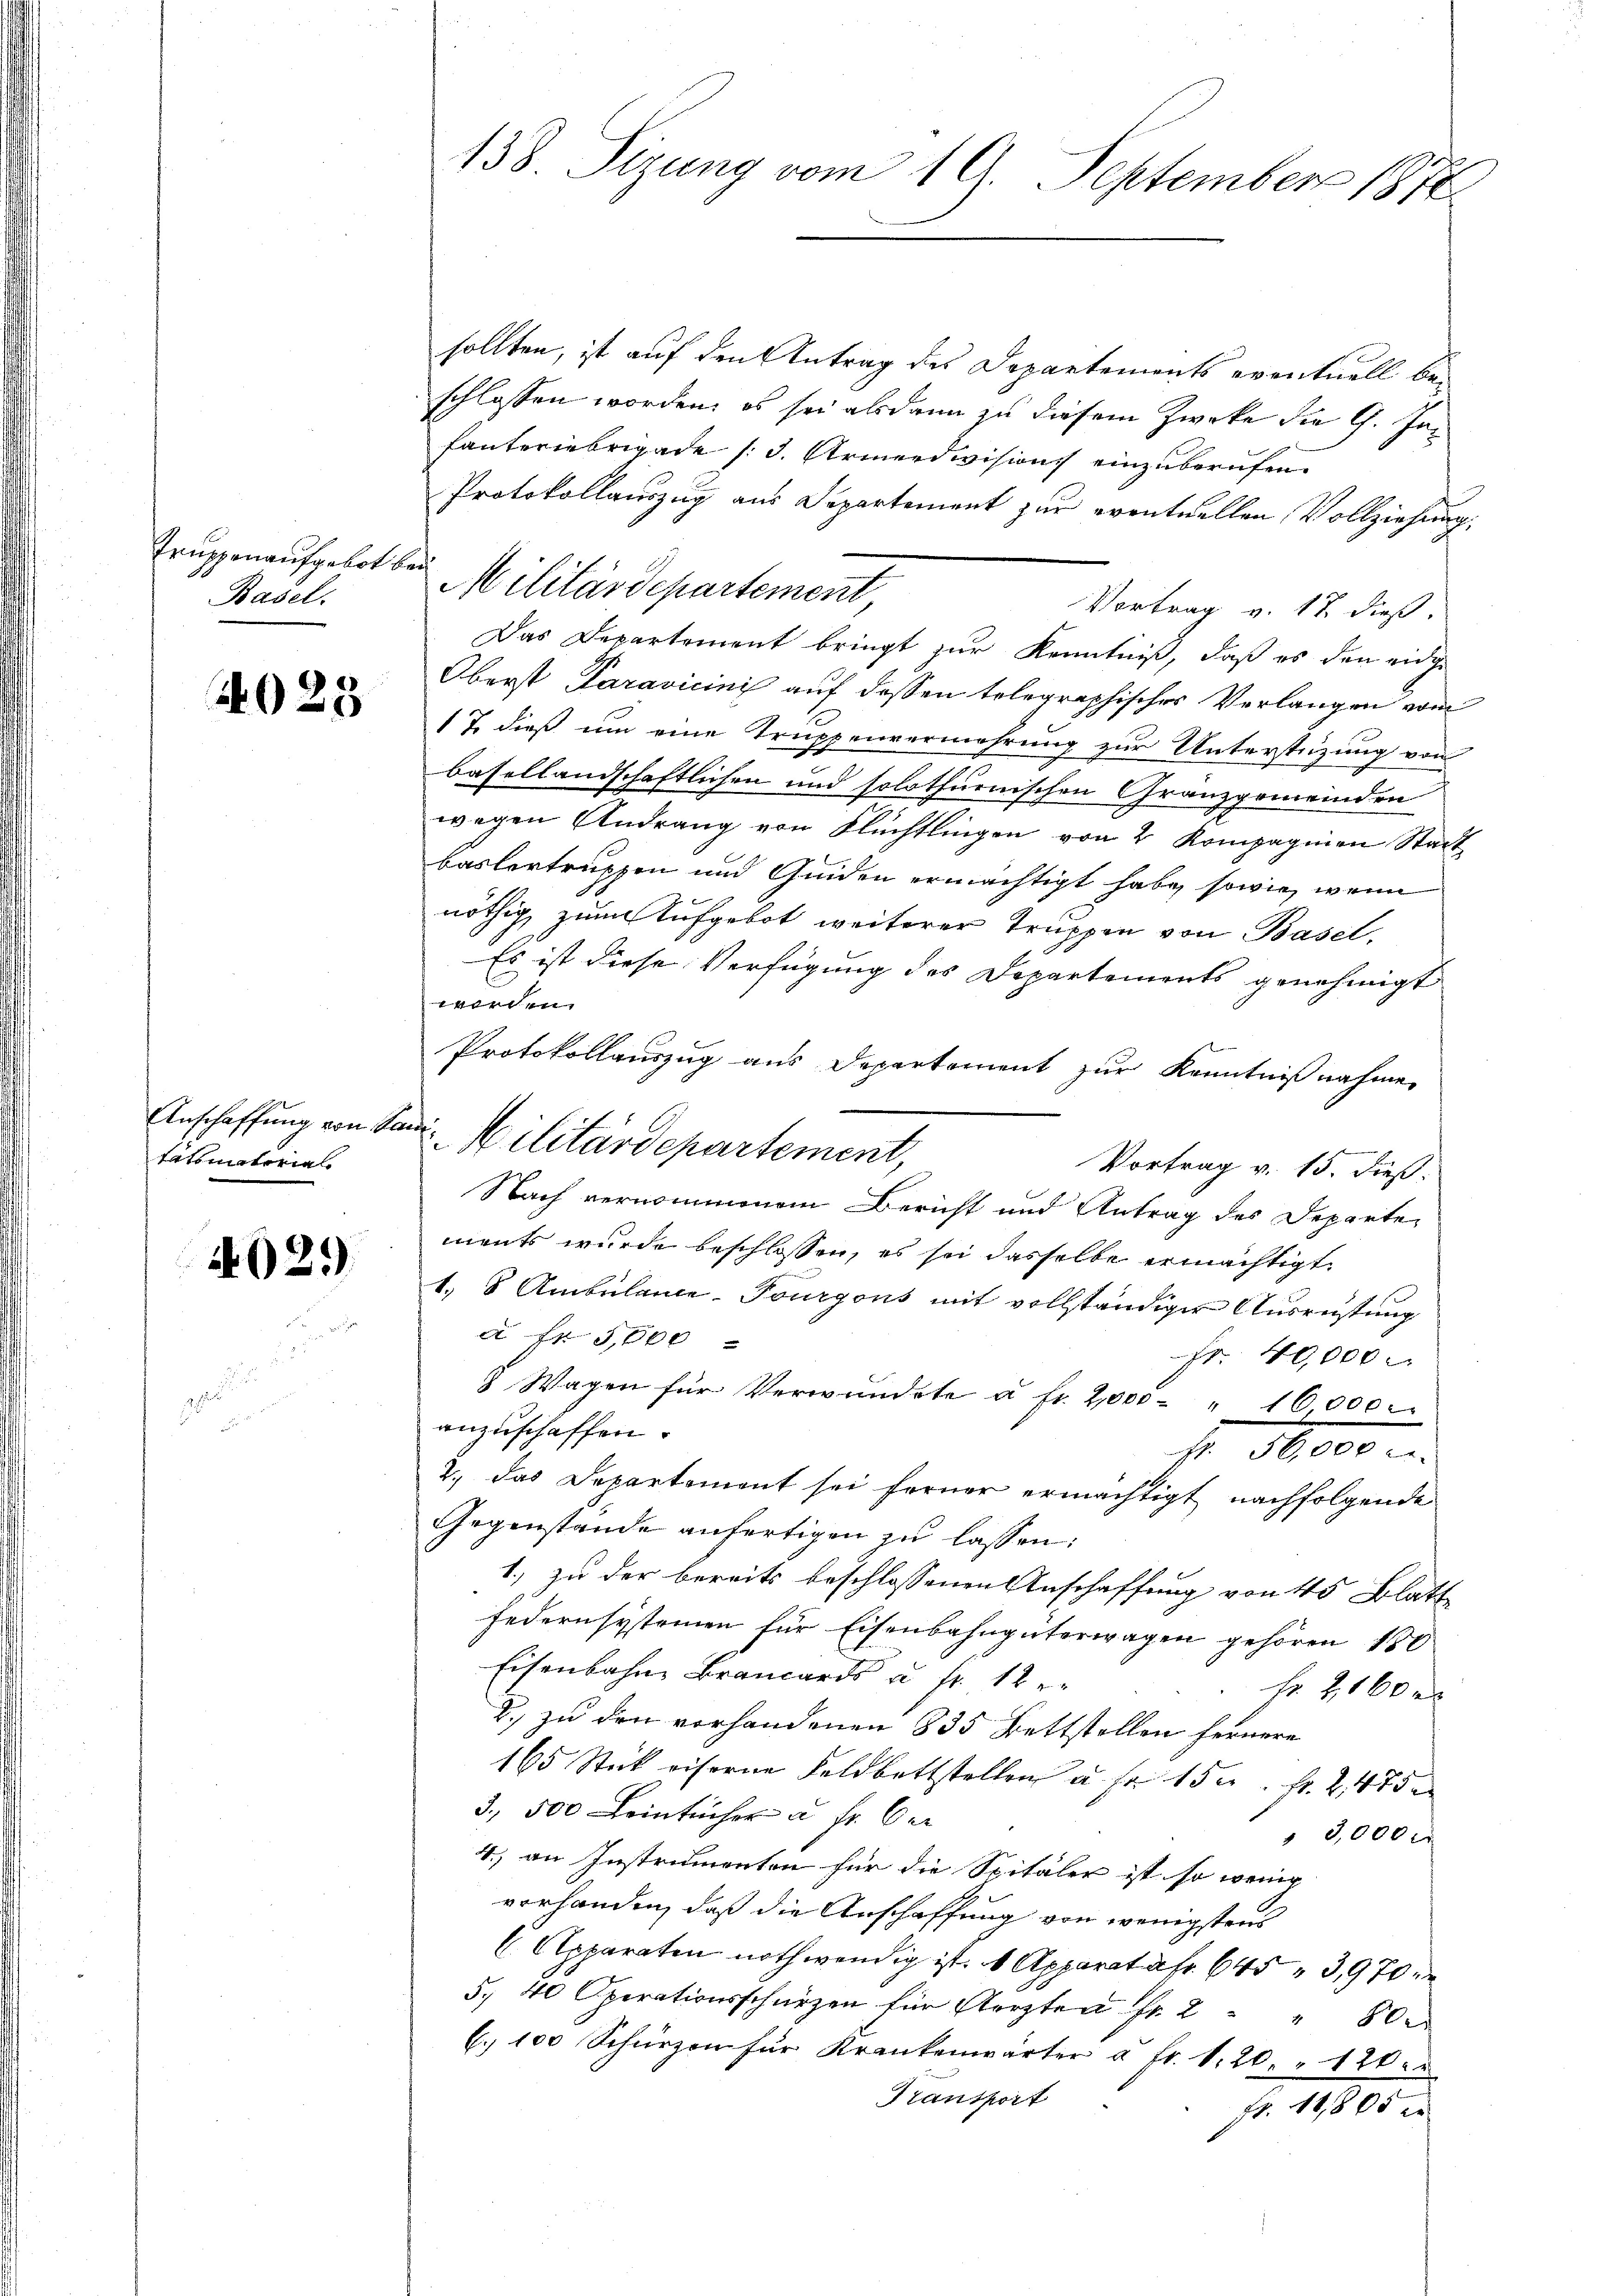
Truppenaufgebot bei
Basel.

4028

tatsmatorials

4021)

sollten, ist auf den Antrag des Departements eventuell beschlossen worden, es sei alsdann zu diesem Zwecke die 9. Jafanteriebrigade (3. Armendivisions einzuberufen.
Protokollauszug aus Departement zur eventuellen Vollziehung,
Vortrag v. 17 dieß.
Das Departement bringt zur Kenntniß, daß es den eidge
Oberst Paravicini auf dessen telegraphisches Verlangen vom
17. dieß um eine Truppenvermehrung zur Unterstüzung von
basellandschaftlichen und solothurnischen Granzgemeinden
wegen Andrang von Flüchtlingen von 2 Kompagnien Stadt
baslertruppen und Ginden ermächtigt habe, sowie wenn
nöthig, zum Aufgebot weiterer Truppen von Basel,
Es ist diese Verfügung des Departements genehmigt
werden.
Protokollauszug aus Departement zur Kenntnißnahme
Vortrag v. 15. dieß:
Nach vernommenem Bericht und Antrag des Departe
ments wurde beschlossen, es sei dasselbe ermächtigt.
1. 8 Ambulance. Tourgons mit vollständiger Ausrüstung
à Fr. 3, 600
Fr. 40,000
8 Wagen für Verwundete u. fr. 2000 " 16000.
anzuschaffen.
fr. 86000 M.
2.) Das Departement sei ferner ermächtigt nachfolgende
Gegenstände anfertigen zu lassen:
1) zu der bereits beschlossenen Anschaffung von 45 Blatt
Federnsystemen für Eisenbahngüterwagen gehören 180
Eisenbahne Brancords u. fr. 12
fr. 2160 x
2.) zu den vorhandenen 835 Bettstellen fernere
165 Stick eiserne Feldbettstellen u. fr. 150. fr. 2475
3, 500 Leintücher u. fr. ber
 3,000
4.) an Instrumenten für die Spitäler ist so wenig
vorhanden, daß die Anschaffung von wenigstens
C Apparaten nothwendig ist. 1 Apparatafr. 645 3,970
5, 40 Operationsschürzen für Aerzten Fr. 2 " " 800
G. 100 Schürzen für Krankenwärter a fr. 1. 20 " 120.
Transport
pt. 11865 x

138. Sizung vom 19. September 1872

Militärdepartement

Anschaffung von San Militärdepartement,